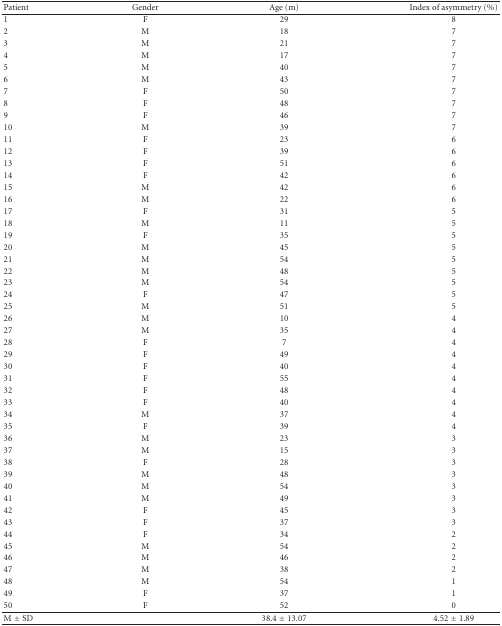
<table><thead><tr><td><b>Patient</b></td><td><b>Gender</b></td><td><b>Age (m)</b></td><td><b>Index of asymmetry (%)</b></td></tr></thead><tbody><tr><td>1</td><td>F</td><td>29</td><td>8</td></tr><tr><td>2</td><td>M</td><td>18</td><td>7</td></tr><tr><td>3</td><td>M</td><td>21</td><td>7</td></tr><tr><td>4</td><td>M</td><td>17</td><td>7</td></tr><tr><td>5 </td><td>M</td><td>40</td><td>7</td></tr><tr><td>6 </td><td>M</td><td>43</td><td>7</td></tr><tr><td>7 </td><td>F</td><td>50</td><td>7</td></tr><tr><td>8 </td><td>F</td><td>48</td><td>7</td></tr><tr><td>9</td><td>F</td><td>46</td><td>7</td></tr><tr><td>10 </td><td>M</td><td>39</td><td>7</td></tr><tr><td>11 </td><td>F</td><td>23</td><td>6</td></tr><tr><td>12 </td><td>F</td><td>39</td><td>6</td></tr><tr><td>13 </td><td>F</td><td>51</td><td>6</td></tr><tr><td>14 </td><td>F</td><td>42</td><td>6</td></tr><tr><td>15</td><td>M</td><td>42</td><td>6</td></tr><tr><td>16</td><td>M</td><td>22</td><td>6</td></tr><tr><td>17</td><td>F</td><td>31</td><td>5</td></tr><tr><td>18</td><td>M</td><td>11</td><td>5</td></tr><tr><td>19</td><td>F</td><td>35</td><td>5</td></tr><tr><td>20</td><td>M</td><td>45</td><td>5</td></tr><tr><td>21</td><td>M</td><td>54</td><td>5</td></tr><tr><td>22</td><td>M</td><td>48</td><td>5</td></tr><tr><td>23</td><td>M</td><td>54</td><td>5</td></tr><tr><td>24</td><td>F</td><td>47</td><td>5</td></tr><tr><td>25</td><td>M</td><td>51</td><td>5</td></tr><tr><td>26</td><td>M</td><td>10</td><td>4</td></tr><tr><td>27</td><td>M</td><td>35</td><td>4</td></tr><tr><td>28</td><td>F</td><td>7</td><td>4</td></tr><tr><td>29</td><td>F</td><td>49</td><td>4</td></tr><tr><td>30</td><td>F</td><td>40</td><td>4</td></tr><tr><td>31</td><td>F</td><td>55</td><td>4</td></tr><tr><td>32</td><td>F</td><td>48</td><td>4</td></tr><tr><td>33</td><td>F</td><td>40</td><td>4</td></tr><tr><td>34</td><td>M</td><td>37</td><td>4</td></tr><tr><td>35</td><td>F</td><td>39</td><td>4</td></tr><tr><td>36</td><td>M</td><td>23</td><td>3</td></tr><tr><td>37</td><td>M</td><td>15</td><td>3</td></tr><tr><td>38</td><td>F</td><td>28</td><td>3</td></tr><tr><td>39</td><td>M</td><td>48</td><td>3</td></tr><tr><td>40</td><td>M</td><td>54</td><td>3</td></tr><tr><td>41</td><td>M</td><td>49</td><td>3</td></tr><tr><td>42</td><td>F</td><td>45</td><td>3</td></tr><tr><td>43</td><td>F</td><td>37</td><td>3</td></tr><tr><td>44</td><td>F</td><td>34</td><td>2</td></tr><tr><td>45</td><td>M</td><td>54</td><td>2</td></tr><tr><td>46</td><td>M</td><td>46</td><td>2</td></tr><tr><td>47</td><td>M</td><td>38</td><td>2</td></tr><tr><td>48</td><td>M</td><td>54</td><td>1</td></tr><tr><td>49</td><td>F</td><td>37</td><td>1</td></tr><tr><td>50</td><td>F</td><td>52</td><td>0</td></tr><tr><td>M ± SD</td><td> </td><td>38.4 ± 13.07</td><td>4.52 ± 1.89</td></tr></tbody></table>